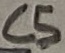
Text: C5